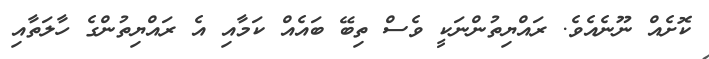
ކޮށެއް ނޫނެއެވެ. ރައްޔިތުންނަކީ ވެސް ތިބޭ ބައެއް ކަމާއި އެ ރައްޔިތުންގެ ހާލަތާއި